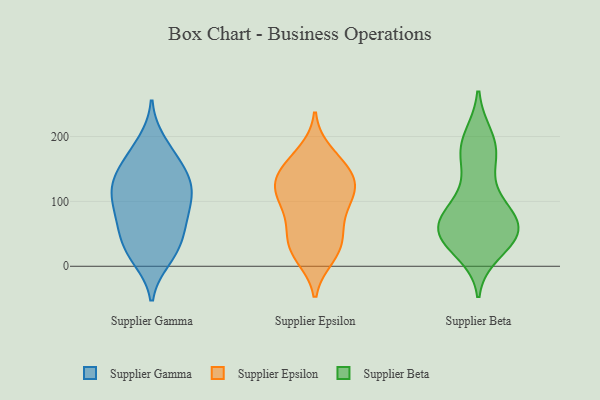
{"axis": {"x": "Net Income (USD K)", "y": "Value"}, "legend": ["Supplier Beta", "Supplier Epsilon", "Supplier Gamma"], "data": [{"x": "", "y": 191, "type": "Supplier Gamma"}, {"x": "", "y": 25, "type": "Supplier Gamma"}, {"x": "", "y": 115, "type": "Supplier Gamma"}, {"x": "", "y": 163, "type": "Supplier Gamma"}, {"x": "", "y": 95, "type": "Supplier Gamma"}, {"x": "", "y": 172, "type": "Supplier Gamma"}, {"x": "", "y": 145, "type": "Supplier Gamma"}, {"x": "", "y": 113, "type": "Supplier Gamma"}, {"x": "", "y": 18, "type": "Supplier Gamma"}, {"x": "", "y": 38, "type": "Supplier Gamma"}, {"x": "", "y": 135, "type": "Supplier Gamma"}, {"x": "", "y": 57, "type": "Supplier Gamma"}, {"x": "", "y": 12, "type": "Supplier Gamma"}, {"x": "", "y": 123, "type": "Supplier Gamma"}, {"x": "", "y": 126, "type": "Supplier Gamma"}, {"x": "", "y": 61, "type": "Supplier Gamma"}, {"x": "", "y": 80, "type": "Supplier Gamma"}, {"x": "", "y": 81, "type": "Supplier Gamma"}, {"x": "", "y": 135, "type": "Supplier Epsilon"}, {"x": "", "y": 119, "type": "Supplier Epsilon"}, {"x": "", "y": 79, "type": "Supplier Epsilon"}, {"x": "", "y": 109, "type": "Supplier Epsilon"}, {"x": "", "y": 108, "type": "Supplier Epsilon"}, {"x": "", "y": 64, "type": "Supplier Epsilon"}, {"x": "", "y": 21, "type": "Supplier Epsilon"}, {"x": "", "y": 15, "type": "Supplier Epsilon"}, {"x": "", "y": 120, "type": "Supplier Epsilon"}, {"x": "", "y": 156, "type": "Supplier Epsilon"}, {"x": "", "y": 156, "type": "Supplier Epsilon"}, {"x": "", "y": 58, "type": "Supplier Epsilon"}, {"x": "", "y": 31, "type": "Supplier Epsilon"}, {"x": "", "y": 115, "type": "Supplier Epsilon"}, {"x": "", "y": 30, "type": "Supplier Epsilon"}, {"x": "", "y": 145, "type": "Supplier Epsilon"}, {"x": "", "y": 175, "type": "Supplier Epsilon"}, {"x": "", "y": 172, "type": "Supplier Beta"}, {"x": "", "y": 66, "type": "Supplier Beta"}, {"x": "", "y": 48, "type": "Supplier Beta"}, {"x": "", "y": 23, "type": "Supplier Beta"}, {"x": "", "y": 40, "type": "Supplier Beta"}, {"x": "", "y": 87, "type": "Supplier Beta"}, {"x": "", "y": 196, "type": "Supplier Beta"}, {"x": "", "y": 160, "type": "Supplier Beta"}, {"x": "", "y": 49, "type": "Supplier Beta"}, {"x": "", "y": 39, "type": "Supplier Beta"}, {"x": "", "y": 58, "type": "Supplier Beta"}, {"x": "", "y": 108, "type": "Supplier Beta"}, {"x": "", "y": 93, "type": "Supplier Beta"}, {"x": "", "y": 49, "type": "Supplier Beta"}, {"x": "", "y": 199, "type": "Supplier Beta"}, {"x": "", "y": 66, "type": "Supplier Beta"}, {"x": "", "y": 67, "type": "Supplier Beta"}, {"x": "", "y": 175, "type": "Supplier Beta"}]}